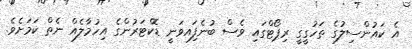
އެ ކައުންސިލުގެ ތަހުގީގީ ރިޕޯޓްގައި ވެސް ބުނެފަިއވަނީ ޑޮކްޓަރުންގެ އިހުމާލެއް ނެތް ކަމަށެވެ.